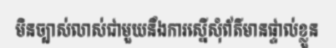
មិនច្បាស់លាស់ជាមួយនឹងការស្នើសុំព័ត៌មានផ្ទាល់ខ្លួន